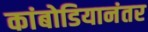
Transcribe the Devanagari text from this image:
कांबोडियानंतर